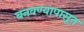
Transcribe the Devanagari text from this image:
बनवण्यापासून